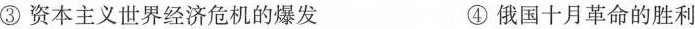
③资本主义世界经济危机的爆发 ④俄国十月革命的胜利